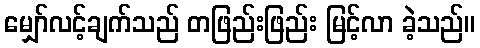
မျှော်လင့်ချက်သည် တဖြည်းဖြည်း မြင့်လာ ခဲ့သည်။